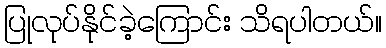
ပြုလုပ်နိုင်ခဲ့ကြောင်း သိရပါတယ်။